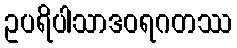
ဥပရိပါသာဒဝရဂတဿ